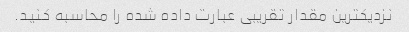
نزدیکترین مقدار تقریبی عبارت داده شده را محاسبه کنید.